Civil Veterinary Dept. North-West Frontier Province 1933-46 - 1933-1946
Year: 1933
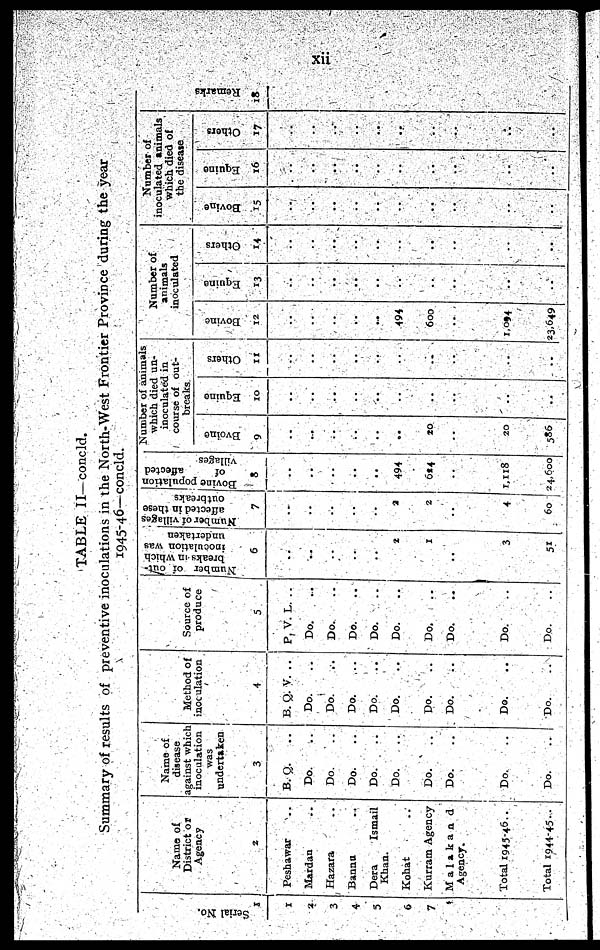
xii
TABLE II-concld.
Summary of results of preventive inoculations in the North-West Frontier Province during the year
1945-46— concld.
Ser i al No.
1
1
2
3
4
5
6
7
Name of
District or
Agency
2
Peshawar ..
Mardan ..
Hazara ..
Bannu ..
Dera
Ismail
Khan.
Kohat ..
Kurram Agency
Malakand
Agency.
Total 1945-46 ..
Total 1944-45 ..
Name of
disease
against which
inoculation
was
undertaken
3
B. Q.
..
Do. ..
Do. ..
Do. ..
Do. ..
Do. ..
Do. ..
Do.
..
Do.
..
Do.
..
Method of
inoculation
4
B. Q. V. ..
Do. ..
Do. ..
Do. ..
Do. ..
Do. ..
Do. ..
Do.
..
Do.
..
Do.
..
Source of
produce
5
P. V. L. ..
Do. ..
Do. ..
Do. ..
Do. ..
Do.
..
Do.
..
Do.
..
Do.
..
Do.
..
Number of out-
breaks in which
inoculation was
undertaken
6
..
..
..
..
..
2
1
..
3
51
Number of villages
affected in these
outbreaks
7
..
..
..
..
..
2
2
..
4
60
Bovine population
of
affected
villages
8
..
..
..
..
..
494
624
..
1,118
24,600
Number of animals
which died un-
inoculated in
course of out-
breaks
Bvoine
9
..
..
..
..
..
..
20
..
20
586
Equine
10
..
..
..
..
..
..
..
..
..
..
Others
11
..
..
..
..
..
..
..
..
..
..
..
Number of
animals
inoculated
Bovine
12
..
..
..
..
..
..
494
600
..
1,094
23,649
Equine
13
..
..
..
..
..
..
..
..
..
..
..
Others
14
..
..
..
..
..
..
..
..
..
..
..
..
..
Number of
inoculated animals
which died of
the disease
Bovine
15
..
..
..
..
..
..
..
..
..
..
..
..
..
Equine
16
..
..
..
..
..
..
..
..
..
..
..
..
..
Others
17
..
..
..
..
..
..
..
..
..
..
..
..
..
Remarks
18
..
..
..
..
..
..
..
..
..
..
..
..
..